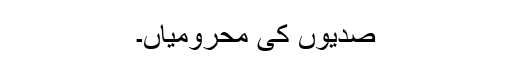
صدیوں کی محرومیاں۔